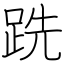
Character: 跣